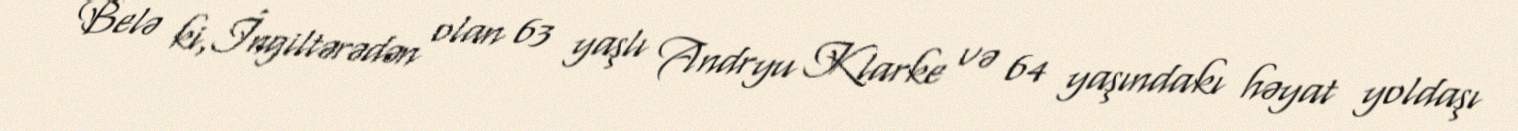
Belə ki,İngiltərədən olan 63 yaşlı Andryu Klarke və 64 yaşındakı həyat yoldaşı